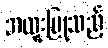
အထူးပြုသည့်